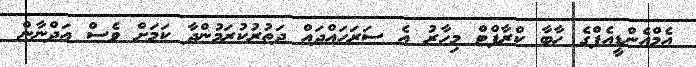
އެމްއެންޑީއެފްގެ ހާބާ ކްރާފްޓް މިހާރު އެ ސަރަހައްދައް ދަތުރުކުރަމުންދާ ކަމަށް ވެސް އަދްނާން